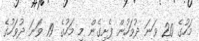
މަހުގެ 20 ވަނަ ދުވަހުން ފެށިގެން މި މަހުގެ 19 ވަނަ ދުވަހުގެ